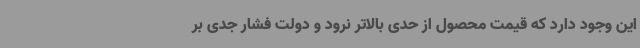
این وجود دارد که قیمت محصول از حدی بالاتر نرود و دولت فشار جدی بر